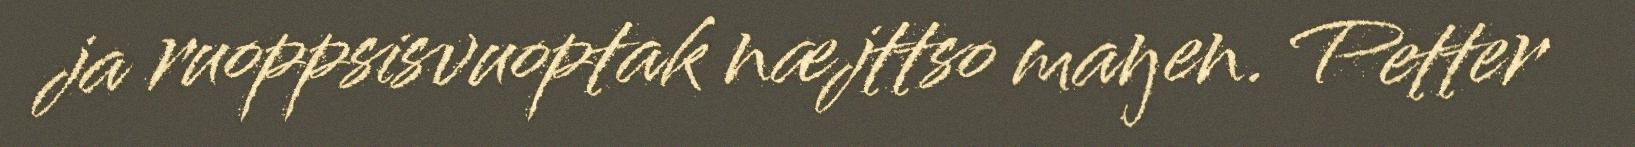
ja ruoppsisvuoptak næjttso maŋen. Petter